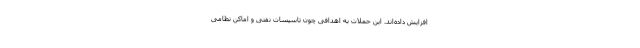
افزایش داده‌اند. این حملات به اهدافی چون تاسیسات نفتی و اماکن نظامی